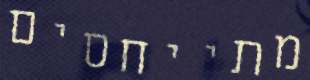
מתייחסים